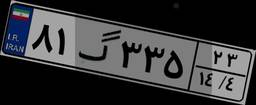
۸۱گ۳۳۵۲۳